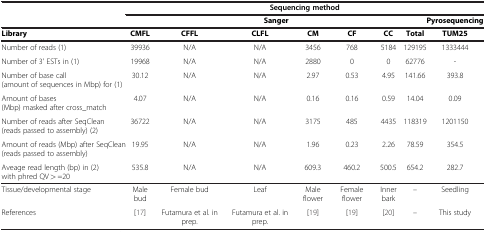
<table><thead><tr><td><b> </b></td><td colspan="8"><b>Sequencing method</b></td></tr></thead><tbody><tr><td> </td><td colspan="7"><b>Sanger</b></td><td><b>Pyrosequencing</b></td></tr><tr><td><b>Library</b></td><td><b>CMFL</b></td><td><b>CFFL</b></td><td><b>CLFL</b></td><td><b>CM</b></td><td><b>CF</b></td><td><b>CC</b></td><td><b>Total</b></td><td><b>TUM25</b></td></tr><tr><td>Number of reads (1)</td><td>39936</td><td>N/A</td><td>N/A</td><td>3456</td><td>768</td><td>5184</td><td>129195</td><td>1333444</td></tr><tr><td>Number of 3&#x27; ESTs in (1)</td><td>19968</td><td>N/A</td><td>N/A</td><td>2880</td><td>0</td><td>0</td><td>62776</td><td>-</td></tr><tr><td>Number of base call (amount of sequences in Mbp) for (1)</td><td>30.12</td><td>N/A</td><td>N/A</td><td>2.97</td><td>0.53</td><td>4.95</td><td>141.66</td><td>393.8</td></tr><tr><td>Amount of bases (Mbp) masked after cross_match</td><td>4.07</td><td>N/A</td><td>N/A</td><td>0.16</td><td>0.16</td><td>0.59</td><td>14.04</td><td>0.09</td></tr><tr><td>Number of reads after SeqClean (reads passed to assembly) (2)</td><td>36722</td><td>N/A</td><td>N/A</td><td>3175</td><td>485</td><td>4435</td><td>118319</td><td>1201150</td></tr><tr><td>Amount of reads (Mbp) after SeqClean (reads passed to assembly)</td><td>19.95</td><td>N/A</td><td>N/A</td><td>1.96</td><td>0.23</td><td>2.26</td><td>78.59</td><td>354.5</td></tr><tr><td>Aveage read length (bp) in (2) with phred QV &gt; =20</td><td>535.8</td><td>N/A</td><td>N/A</td><td>609.3</td><td>460.2</td><td>500.5</td><td>654.2</td><td>282.7</td></tr><tr><td>Tissue/developmental stage</td><td>Male bud</td><td>Female bud</td><td>Leaf</td><td>Male flower</td><td>Female flower</td><td>Inner bark</td><td>–</td><td>Seedling</td></tr><tr><td>References</td><td>[17]</td><td>Futamura et al. in prep.</td><td>Futamura et al. in prep.</td><td>[19]</td><td>[19]</td><td>[20]</td><td>–</td><td>This study</td></tr></tbody></table>